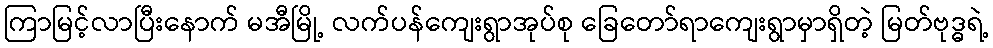
ကြာမြင့်လာပြီးနောက် မအီမြို့ လက်ပန်ကျေးရွာအုပ်စု ခြေတော်ရာကျေးရွာမှာရှိတဲ့ မြတ်ဗုဒ္ဓရဲ့